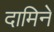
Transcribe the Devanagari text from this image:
दामिने